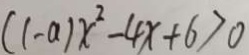
( 1 - a ) x ^ { 2 } - 4 x + 6 > 0